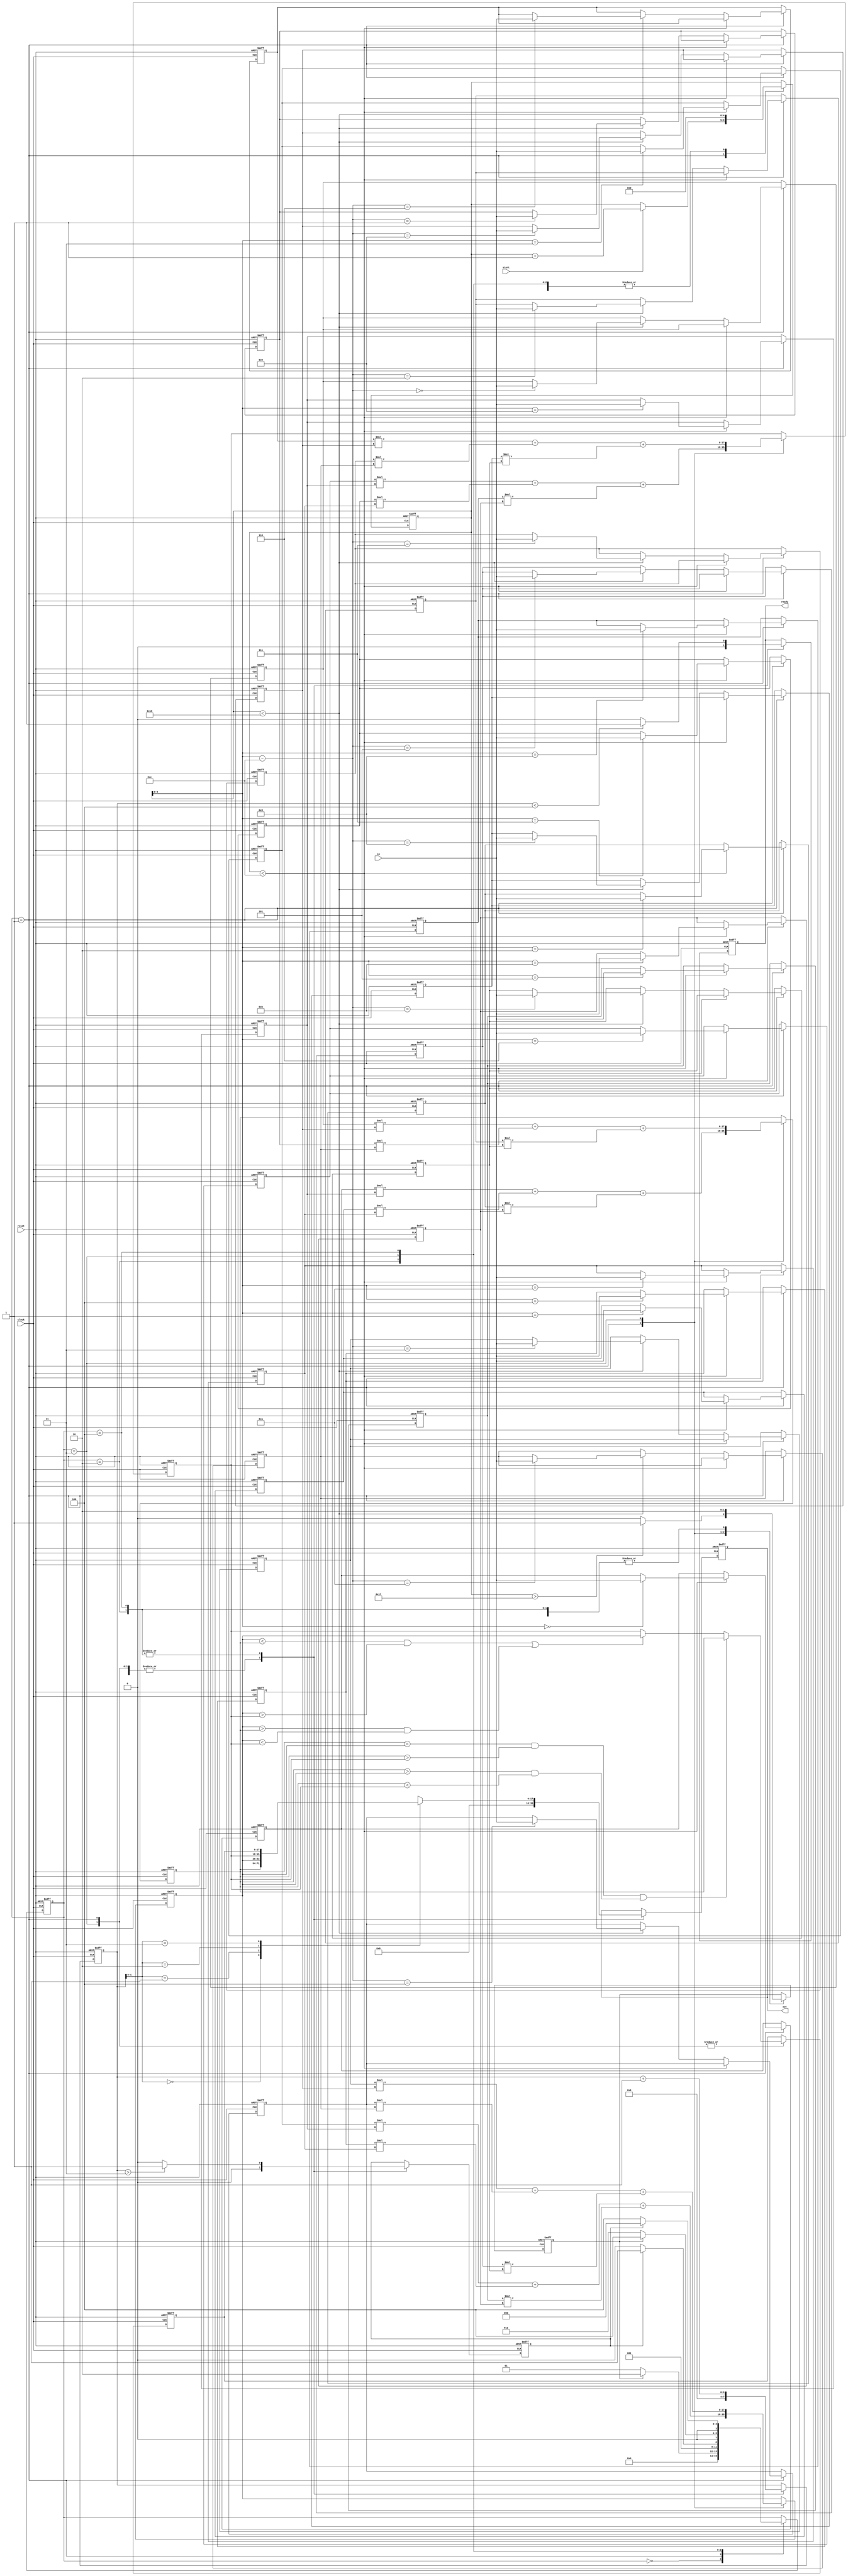
module DUT (clock, reset, start, in, ready, out);
	input clock, reset, start;
	input [7:0] in;
	output ready;
	output [17:0] out;
	
	reg			ready, ready_n;
	reg [17:0]  out, out_n;
	reg signed [17:0]  outData1 [0:3];
	reg signed [17:0]  outData1_n [0:3];
	reg [3:0]	outputCount, outputCount_n;

	reg signed [7:0]	inData1 [0:11];
	reg signed [7:0]	inData1_n [0:11];
	reg signed [7:0]	inData2 [0:11];
    reg signed [7:0]	inData2_n [0:11];
	reg [4:0]	inputCount, inputCount_n;

	reg			readyToOutput, readyToOutput_n;
	reg         readyToCalc, readyToCalc_n;

	reg [3:0]	state, state_n;

	integer i;
	parameter idle = 4'd0, input_data = 4'd1, output_data_1 = 4'd2, calc_data = 4'd3,
				output_data_2 = 4'd4;

	always @ (posedge clock or posedge reset)	begin
		if (reset)	begin
			ready <= 0;
			out <= 0;
			for (i=0;i<4;i=i+1)	begin
				outData1[i] <= 0;
			end
			for (i=0;i<12;i=i+1)	begin
				inData1[i] <= 0;
            	inData2[i] <= 0;
            end
			outputCount <= 0;
			inputCount <= 0;
			readyToOutput <= 0;
			readyToCalc <= 0;
			state <= idle;

		end

		else	begin
			ready <= ready_n;
            out <= out_n;
            for (i=0;i<4;i=i+1)	begin
            	outData1[i] <= outData1_n[i];
            end
            for (i=0;i<12;i=i+1)	begin
            	inData1[i] <= inData1_n[i];
            	inData2[i] <= inData2_n[i];
            end
            outputCount <= outputCount_n;
            inputCount <= inputCount_n;
            readyToOutput <= readyToOutput_n;
			readyToCalc <= readyToCalc_n;
            state <= state_n;
		end
	end

	always @ (*)	begin
		case (state)	
			idle:
				state_n = input_data;
			input_data:
				state_n = (readyToOutput) ? output_data_1 : input_data;
			output_data_1:
				state_n = (readyToCalc) ? calc_data : output_data_1;
			calc_data:
				state_n = (readyToOutput) ? output_data_2 : calc_data;
			output_data_2:
				state_n = (readyToCalc) ? idle : output_data_2;
			default:
				state_n = state;
		endcase
	end

	always @ (*)	begin
		case (state)	
			idle:	begin
				ready_n = 0;
				out_n = 0;
				for (i=0;i<4;i=i+1)	begin
					outData1_n[i] = outData1[i];
				end
				outputCount_n = 0;
				for (i=0;i<12;i=i+1)	begin
					inData1_n[i] = inData1[i];
					inData2_n[i] = inData2[i];
				end
				inputCount_n = 0;
				readyToOutput_n = 0;
				readyToCalc_n = 0;
				
			end

			input_data:	begin
				ready_n = 0;
                out_n = 0;
				outData1_n[0] = inData1[0]*inData1[9] + inData1[1]*inData1[10] + inData1[2]*inData1[11];
                outData1_n[1] = inData1[3]*inData1[9] + inData1[4]*inData1[10] + inData1[5]*inData1[11];
				outData1_n[2] = inData1[6]*inData1[9] + inData1[7]*inData1[10] + inData1[8]*inData1[11];

				if ((outData1[0] < outData1[1] && outData1[0] > outData1[2]) ||
					(outData1[0] > outData1[1] && outData1[0] < outData1[2]))
					outData1_n[3] = outData1[0];
				else if ((outData1[1] < outData1[0] && outData1[1] > outData1[2]) ||
                         (outData1[1] > outData1[0] && outData1[1] < outData1[2]))
                         outData1_n[3] = outData1[1];
				else
					outData1_n[3] = outData1[2];
				
				outputCount_n = 0;
                for (i=0;i<12;i=i+1)	begin
                	inData1_n[i] = inData1[i];
                	inData2_n[i] = inData2[i];
                end
				if (inputCount < 12)
					inData1_n[inputCount] = in;
				else if (inputCount < 24)
					inData2_n[inputCount - 12] = in;

                inputCount_n = (start) ? inputCount + 1 : inputCount;
                readyToOutput_n = (inputCount > 23) ? 1 : 0;
                readyToCalc_n = 0;

			end
			
			output_data_1:	begin
				ready_n = (outputCount < 4) ? 1 : 0;
                out_n = outData1[outputCount];
                for (i=0;i<4;i=i+1)	begin
                	outData1_n[i] = outData1[i];
                end
                outputCount_n = outputCount + 1;
                for (i=0;i<12;i=i+1)	begin
                	inData1_n[i] = inData1[i];
                	inData2_n[i] = inData2[i];
                end
                inputCount_n = 0;
                readyToOutput_n = 0;
                readyToCalc_n = (outputCount > 3) ? 1 : 0;

			end
			
			calc_data:	begin
				ready_n = 0;
                out_n = 0;
                outData1_n[0] = inData2[0]*inData2[9] + inData2[1]*inData2[10] + inData2[2]*inData2[11];
                outData1_n[1] = inData2[3]*inData2[9] + inData2[4]*inData2[10] + inData2[5]*inData2[11];
                outData1_n[2] = inData2[6]*inData2[9] + inData2[7]*inData2[10] + inData2[8]*inData2[11];
                if ((outData1[0] < outData1[1] && outData1[0] > outData1[2]) ||
                	(outData1[0] > outData1[1] && outData1[0] < outData1[2]))
                	outData1_n[3] = outData1[0];
                else if ((outData1[1] < outData1[0] && outData1[1] > outData1[2]) ||
                         (outData1[1] > outData1[0] && outData1[1] < outData1[2]))
                         outData1_n[3] = outData1[1];
                else
                	outData1_n[3] = outData1[2];
                outputCount_n = 0;
                for (i=0;i<12;i=i+1)	begin
                	inData1_n[i] = inData1[i];
                	inData2_n[i] = inData2[i];
                end
                inputCount_n = 0;
                readyToOutput_n = 1;
                readyToCalc_n = 0;
			end
			output_data_2:	begin
				ready_n = (outputCount < 4) ? 1 : 0;
                out_n = outData1[outputCount];
                for (i=0;i<4;i=i+1)	begin
                	outData1_n[i] = outData1[i];
                end
                outputCount_n = outputCount + 1;
                for (i=0;i<12;i=i+1)	begin
                	inData1_n[i] = inData1[i];
                	inData2_n[i] = inData2[i];
                end
                inputCount_n = 0;
                readyToOutput_n = 0;
                readyToCalc_n = (outputCount > 3) ? 1 : 0;


			end
			default:	begin
				ready_n = ready;	
                out_n = out;
                for (i=0;i<4;i=i+1)	begin
                	outData1_n[i] = outData1[i];
                end
                outputCount_n = outputCount;
                for (i=0;i<12;i=i+1)	begin
                	inData1_n[i] = inData1[i];
                	inData2_n[i] = inData2[i];
                end
                inputCount_n = inputCount;
                readyToOutput_n = readyToOutput;
                readyToCalc_n = readyToCalc;





			end



		endcase


	end





	

	
	
	
	



endmodule